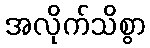
အလိုက်သိစွာ